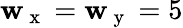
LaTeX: \mathbf{w}_{\mathrm{{~x~}}}=\mathbf{w}_{\mathrm{{~y~}}}=5